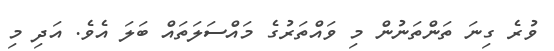
ވުރެ ގިނަ ތަންތަނުން މި ވައްތަރުގެ މައްސަލަތައް ބަލަ އެވެ. އަދި މި